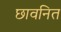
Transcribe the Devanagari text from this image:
छावनित